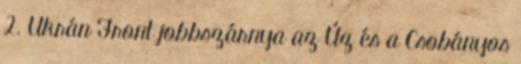
2. Ukrán Front jobbszárnya az Úz és a Csobányos